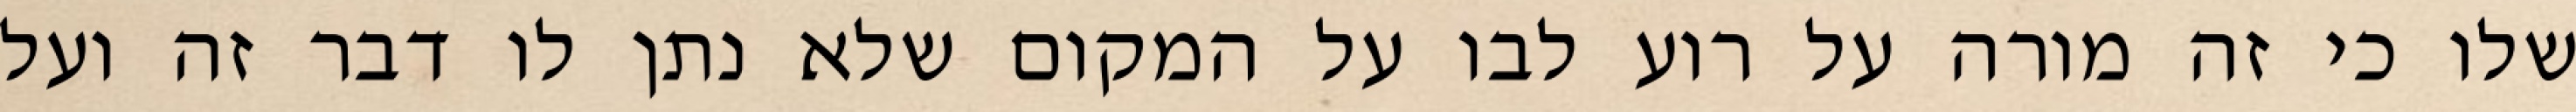
שלו כי זה מורה על רוע לבו על המקום שלא נתן לו דבר זה ועל